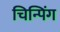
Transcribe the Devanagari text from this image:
चिन्पिंग